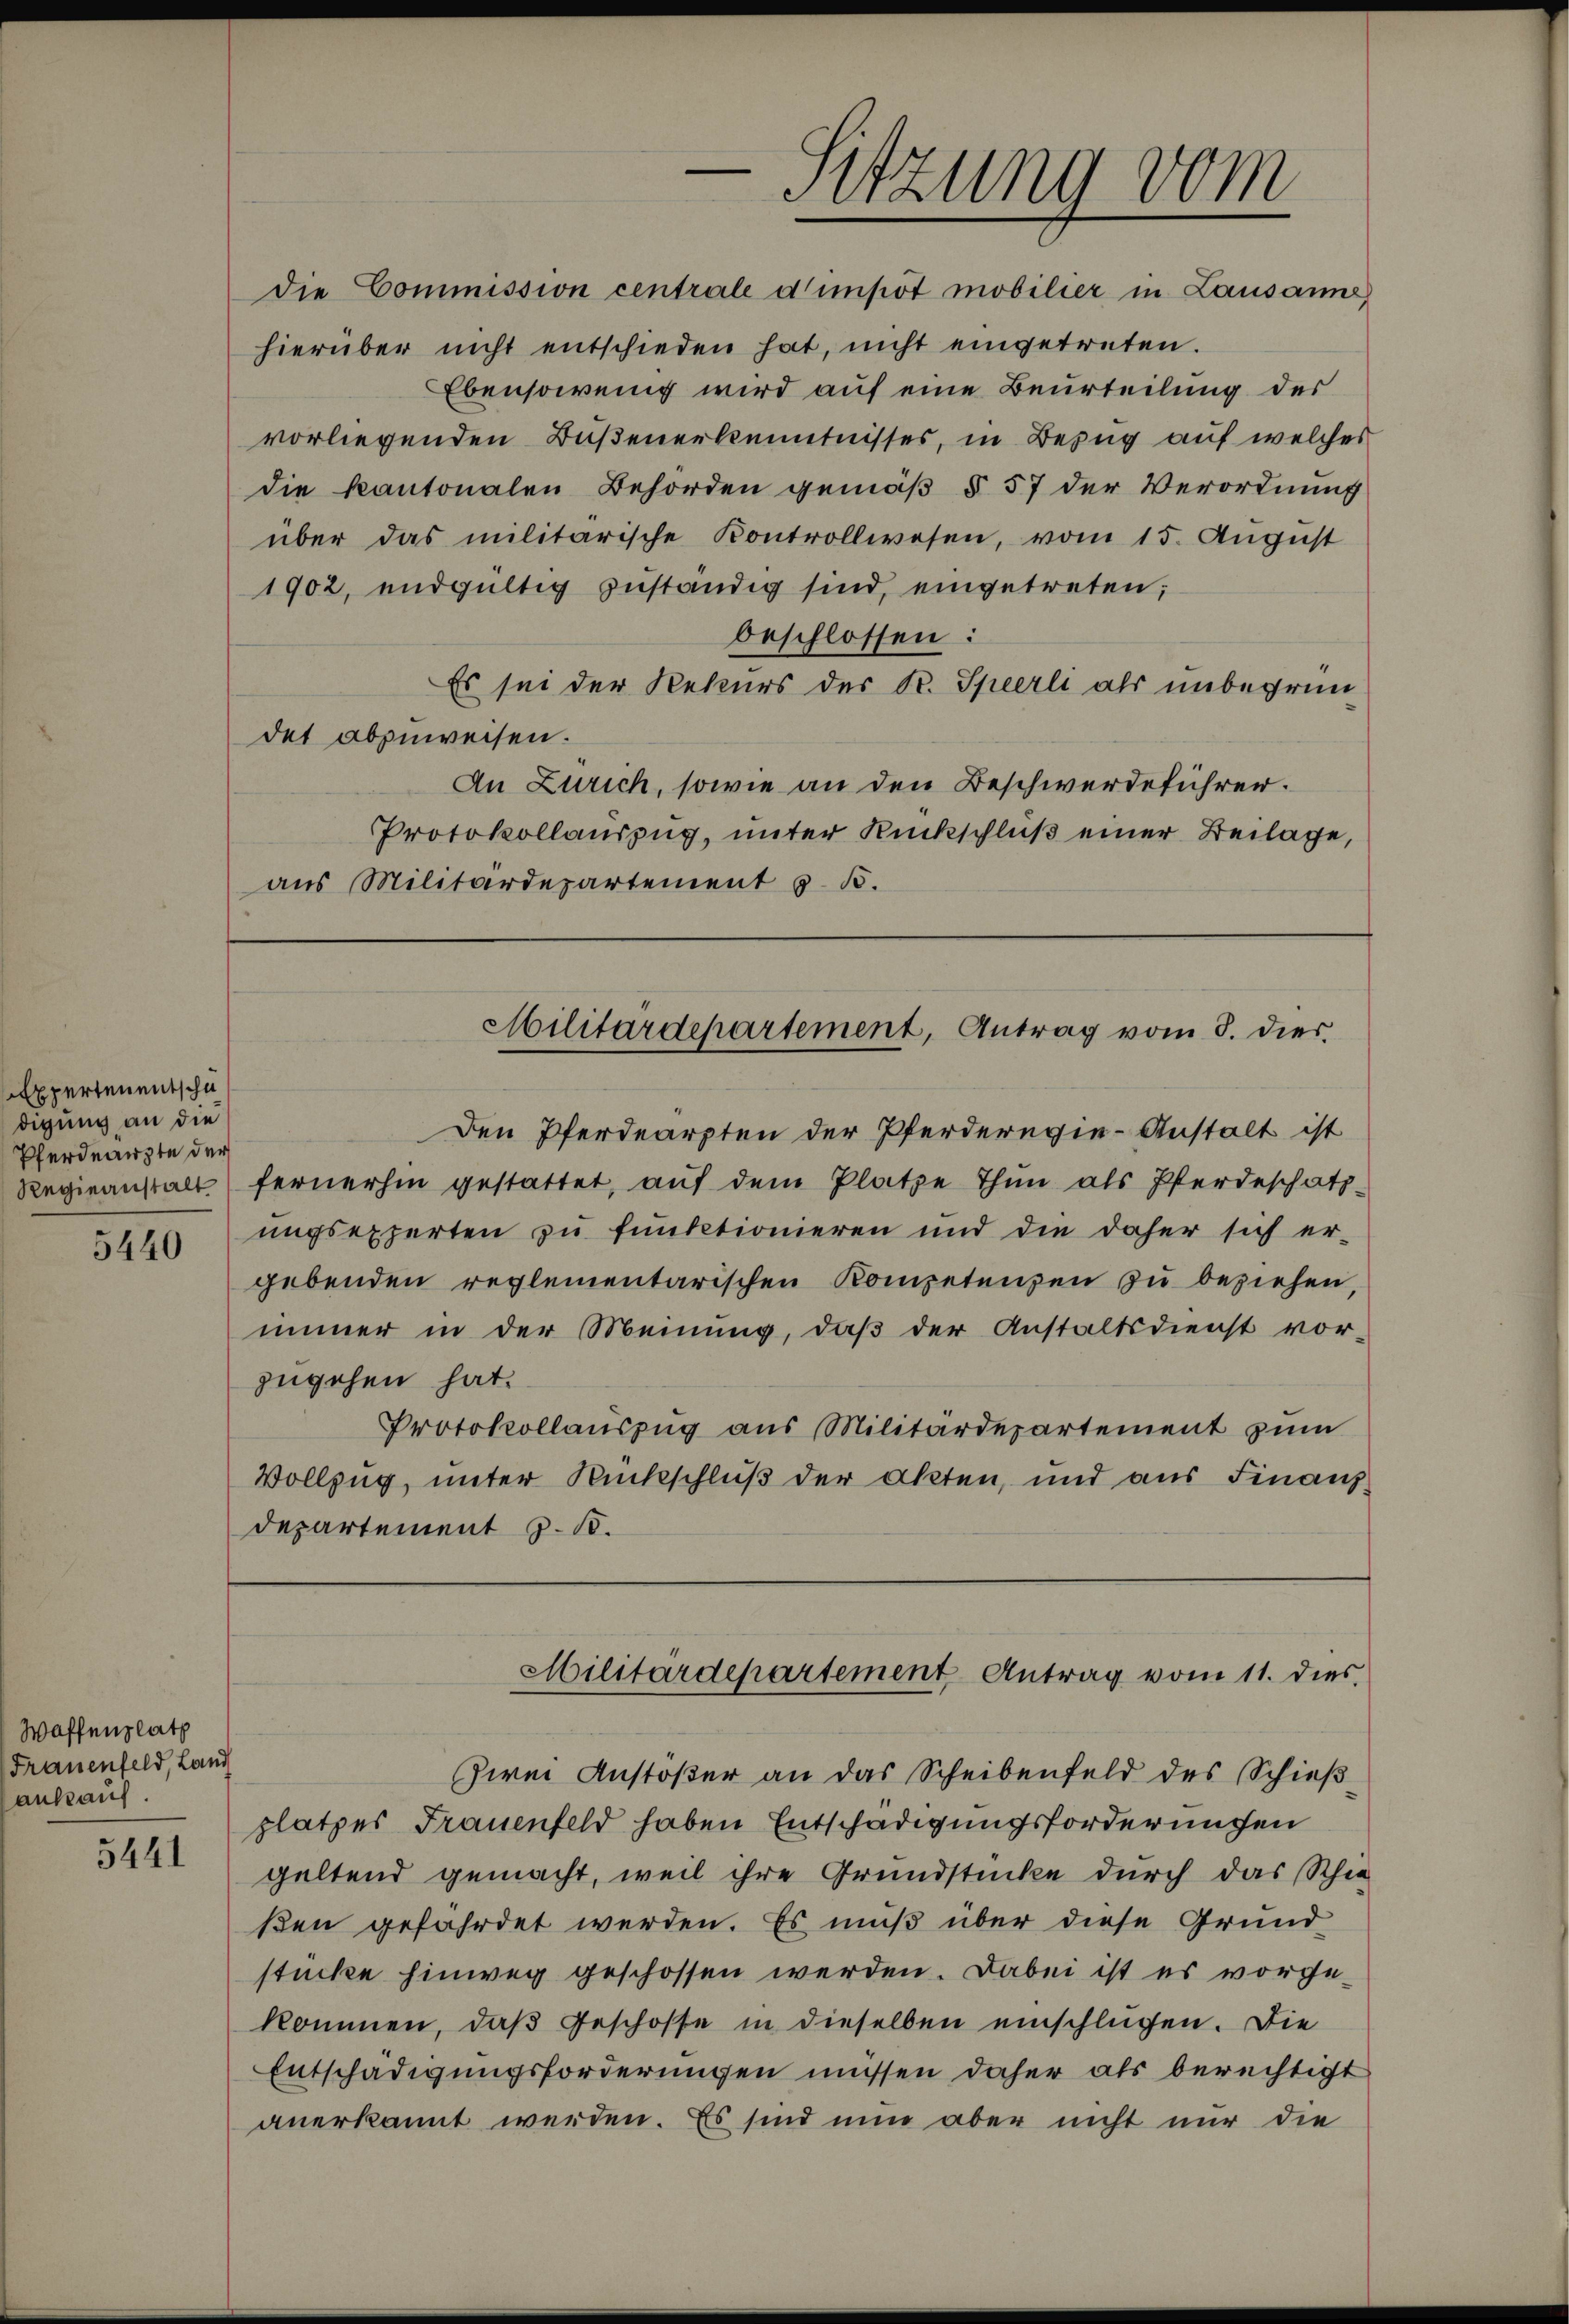
Experten entschudigung an die
Pferdearzte der

5440

Waffenplatz
Frauenfeld, Land
ankauf.

5441

Sitzung vom
die Commission centrale d’impôt mobilier in Lausanne

hierüber nicht entschieden hat, nicht eingetreten.
Ebensowenig wird auf eine Beurteilung des
vorliegenden Bußenerkenntnisses, in Bezug auf welches
die Kantonalen Behörden gemäß § 57 der Verordnung
über das militärische Kontrollwesen, vom 15. August
1902, endgültig zuständig sind, eingetreten;
beschlossen:
Es sei der Rekurs der K. Sperli als unbegründet abzuweisen.
An Zürich, sowie an den Beschwerdeführen.
Protokollauszug, unter Rückschluß einer Beilage,
aus Militärdepartement 5. B.

Militärdepartement, Antrag vom 8. dies

Den Pferdearzten der Pferderegie-Anstalt ist
Regieanstalt fernerhin gestattet, aŭf dem Platze Thun als Pferdeschatz-
ungsexperten zu funktionieren und die daher sich er-
gebenden reglementarischen Kompetenzen zu beziehen,
immer in der Meinung, daß der Anstaltsdienst vor-
zugehen hat.
Protokollaŭszŭg aŭs Militärdepartement zŭm
Vollzug, unter Rückschluß der Akten, und aus Finanz-
Departement z. B.
Militärdepartement Antrag vom 11. dies
Zwei Anstößer an das Scheibenfeld des Schießplatzes Frauenfeld haben Entschädigungsforderungen
geltend gemacht, weil ihre Grundstücke durch das Schie
ßen gefährdet werden. Es muß über diese Grund
stücke hinweg geschossen werden. Dabei ist es vorgekommen, daß Geschosse in dieselben einschlügen. Die
Entschädigungsforderungen müssen daher als berechtigt
anerkannt werden. Es sind nun aber nicht nur die